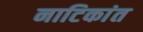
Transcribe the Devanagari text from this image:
नाटिकांत